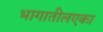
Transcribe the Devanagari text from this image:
भागातीलएका